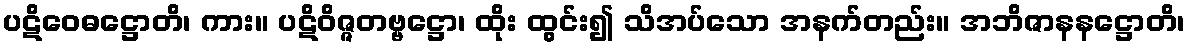
ပဋိဝေဓဋ္ဌောတိ၊ ကား။ ပဋိဝိဇ္ဇတဗ္ဗဋ္ဌော၊ ထိုး ထွင်း၍ သိအပ်သော အနက်တည်း။ အဘိဇာနနဋ္ဌောတိ၊